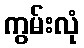
ကွမ်းလုံ